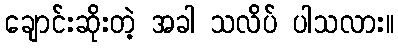
ချောင်းဆိုးတဲ့ အခါ သလိပ် ပါသလား။